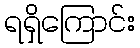
ရရှိကြောင်း